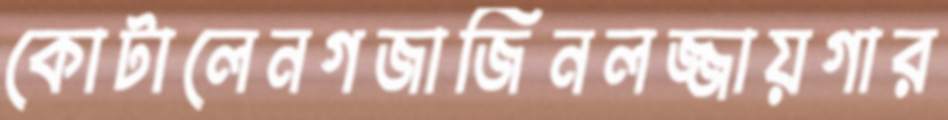
কোটালেনগজাজিনলজ্জায়গার